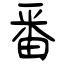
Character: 番